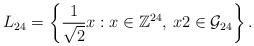
LaTeX: \begin{align*}L_{24} = \left\{\frac{1}{\sqrt{2}} x : x \in \mathbb{Z}^{24}, \, x 2 \in \mathcal{G}_{24}\right\}.\end{align*}